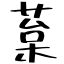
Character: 葈